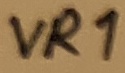
Text: VR1